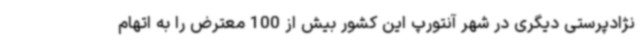
نژادپرستی دیگری در شهر آنتورپ این کشور بیش از 100 معترض را به اتهام